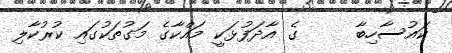
ކައުސާހިބާ     ގެ އާދަފުޅަކީ މައްކާގެ މަގުތަކުގައި ކުރުކާލި